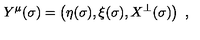
Y ^ { \mu } ( \sigma ) = \left( \eta ( \sigma ) , \xi ( \sigma ) , X ^ { \bot } ( \sigma ) \right) \ ,